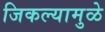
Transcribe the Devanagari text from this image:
जिकल्यामुळे